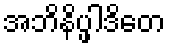
အဘိနိပ္ဖါဒိတေ